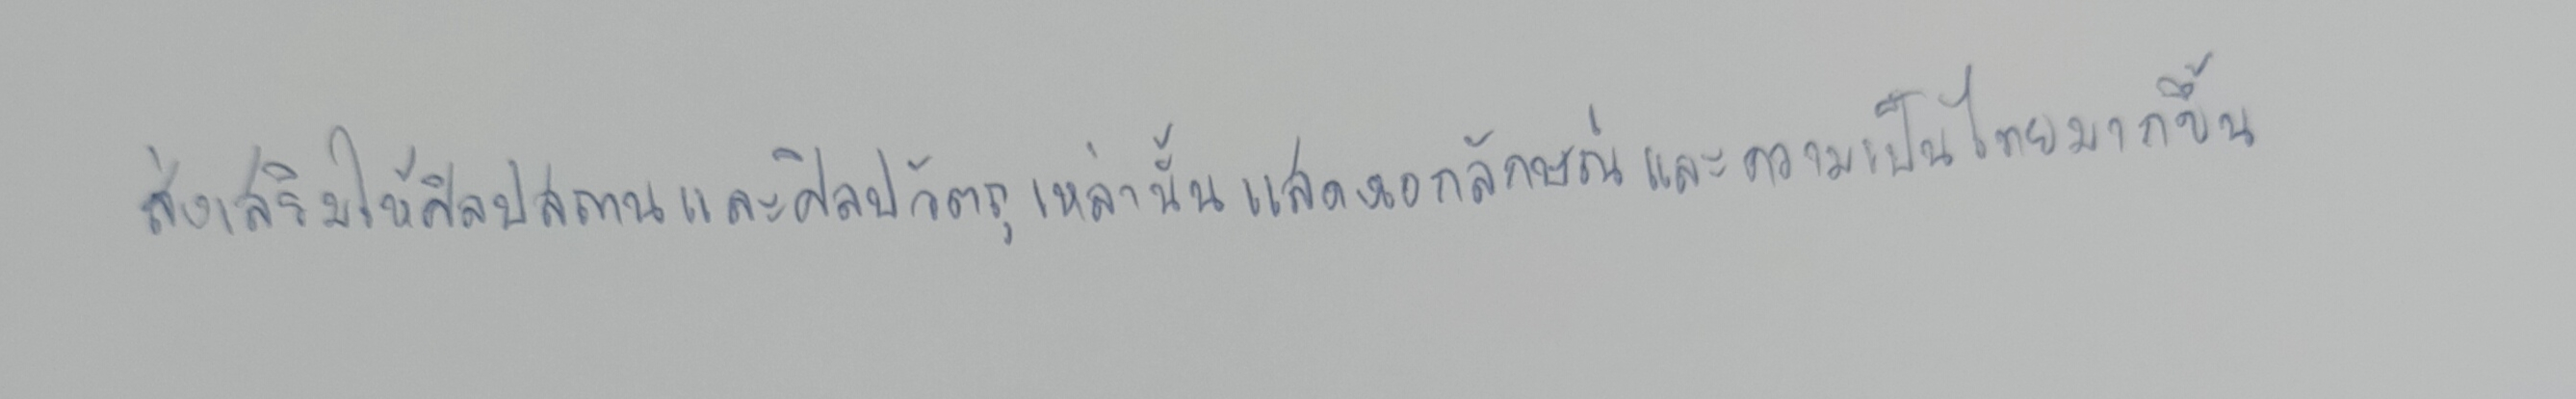
ส่งเสริมให้ศิลปสถานและศิลปวัตถุเหล่านั้นแสดงเอกลักษณ์และความเป็นไทยมากขึ้น